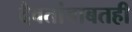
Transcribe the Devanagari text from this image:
दैवतांबाबतही